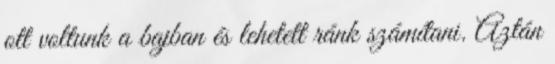
ott voltunk a bajban és lehetett ránk számítani. Aztán